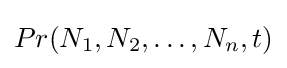
Pr(N_{1},N_{2},\dots ,N_{n},t)